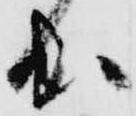
出